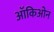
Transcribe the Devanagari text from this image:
ऑकिओन